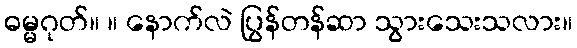
ဓမ္မဂုတ်။ ။ နောက်လဲ ပြွန်တန်ဆာ သွားသေးသလား။